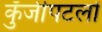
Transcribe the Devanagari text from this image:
कुँजीपटलों